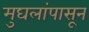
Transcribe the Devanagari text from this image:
मुघलांपासून